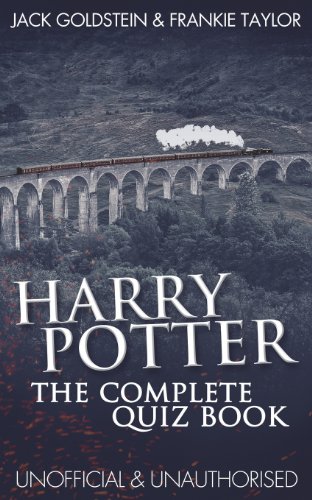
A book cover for Harry Potter - The Complete Quiz Book; Jack Goldstein; Humor & Entertainment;